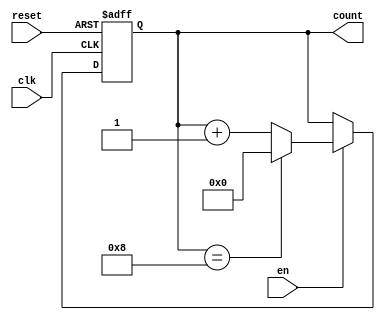
`timescale 1ns / 1ps
//////////////////////////////////////////////////////////////////////////////////
// Company: 
// Engineer: 
// 
// Design Name: 
// Module Name: counter
// Project Name: 
// Target Devices: 
// Tool Versions: 
// Description: 
// 
// Dependencies: 
// 
// Revision:
// Revision 0.01 - File Created
// Additional Comments:
// 
//////////////////////////////////////////////////////////////////////////////////


module counter#(parameter x=4,n=9) (input clk, reset, en, output reg [x-1:0] count);

    always@ (posedge clk, posedge reset) begin
        if(reset==1)
            count <= 0;
        else
            if(en==1)
                if(count==n-1)
                    count<=0;
                else
                    count <= count+1;
            else
                count <= count;
    end
    
endmodule